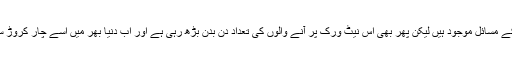
اگرچہ فیس بک پر بھی پرائیویسی کے مسائل موجود ہیں لیکن پھر بھی اس نیٹ ورک پر آنے والوں کی تعداد دن بدن بڑھ رہی ہے اور اب دنیا بھر میں اسے چار کروڑ سے زیادہ افراد استعمال کررہے ہیں۔